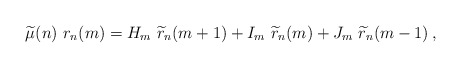
\begin{align*}\widetilde{\mu}(n)\ r_n(m)=H_{m}\ \widetilde{r}_{n}(m+1) +I_m\ \widetilde{r}_{n}(m) +J_m\ \widetilde{r}_{n}(m-1) \,,\end{align*}